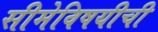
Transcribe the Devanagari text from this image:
सीमेविषयीची